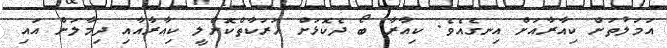
އަމަލުތަށް ކިއާރާއަށް އިނގެއެވެ. ކިއާރާ ބޯ ދެކޮޅަށް ހަރަކާތްކޮށްލީ ކިއާރާއާއި ދިމާލަށް އައި